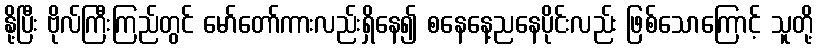
နို့ပြီး ဗိုလ်ကြီးကြည်တွင် မော်တော်ကားလည်းရှိနေ၍ စနေနေ့ညနေပိုင်းလည်း ဖြစ်သောကြောင့် သူတို့